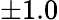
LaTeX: \pm 1.0